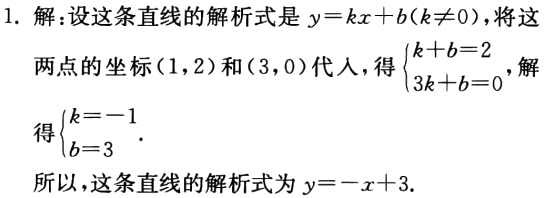
1. 解：设这条直线的解析式是\(y = kx + b(k\neq0)\)，将这两点的坐标\((1,2)\)和\((3,0)\)代入，得\(\begin{cases}k + b = 2\\3k + b = 0\end{cases}\)，解得\(\begin{cases}k = -1\\b = 3\end{cases}\)。
所以，这条直线的解析式为\(y = -x + 3\)。